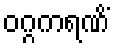
ဝဂ္ဂကရဏိံ